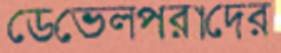
ডেভেলপরাদের